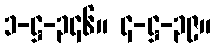
၁-ဋ္ဌ-၃၄၆။ ၄-ဋ္ဌ-၃၉။